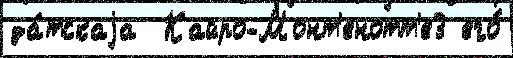
да́тскаjа  Кайро-Монт'енотт'е3 его́